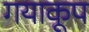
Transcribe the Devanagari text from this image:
गयाकूप